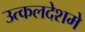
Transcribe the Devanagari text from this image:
उत्कलदेशमे